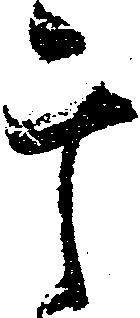
干